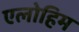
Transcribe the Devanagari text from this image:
एलोहिम